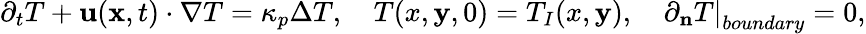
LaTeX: \partial_{t}T+\mathbf{u}(\mathbf{x},t)\cdot\nabla T=\kappa_{p}\Delta T,\quad T(x,\mathbf{y},0)=T_{I}(x,\mathbf{y}),\quad\left.\partial_{\mathbf{n}}T\right|_{boundary}=0,